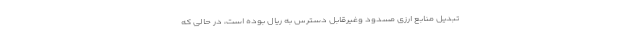
تبدیل منابع ارزی مسدود وغیرقابل دسترس به ریال بوده است، در حالی که